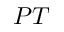
{ \cal P T }